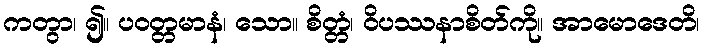
ကတွာ၊ ၍။ ပဝတ္တမာနံ၊ သော။ စိတ္တံ၊ ဝိပဿနာစိတ်ကို။ အာမောဒေတိ၊